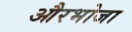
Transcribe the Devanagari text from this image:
औरभोजा